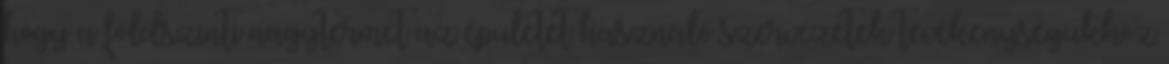
hogy a földszinti nagytermet az épületet használó szervezetek tevékenységükhöz